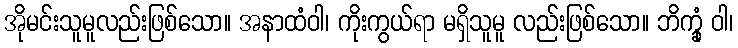
အိုမင်းသူမူလည်းဖြစ်သော။ အနာထံဝါ၊ ကိုးကွယ်ရာ မရှိသူမူ လည်းဖြစ်သော။ ဘိက္ခုံ ဝါ၊